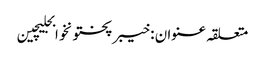
متعلقہ عنوان : خیبرپختونخوابجلیچین